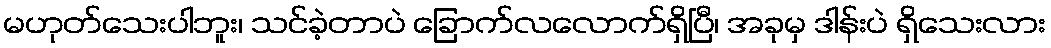
မဟုတ်သေးပါဘူး၊ သင်ခဲ့တာပဲ ခြောက်လလောက်ရှိပြီ၊ အခုမှ ဒါန်းပဲ ရှိသေးလား